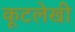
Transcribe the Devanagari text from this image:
कूटलेखी